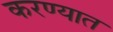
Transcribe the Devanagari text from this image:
करण्यात